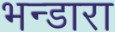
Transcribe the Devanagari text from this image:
भन्डारा